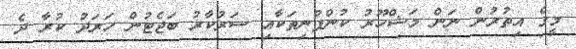
މީގެ އިތުރުން ނަން މަޝްހޫރު ކުންފުނިތަކާއި ސަރުކާރު ބަޖެޓުން ހަރަދު ކުރާ ދެ